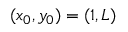
( x _ { 0 } , y _ { 0 } ) = ( 1 , L )